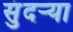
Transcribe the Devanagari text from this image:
सुंदर्‍या